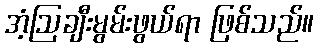
အံ့ဩချီးမွမ်းဖွယ်ရာ ဖြစ်သည်။